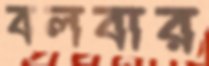
বলবার